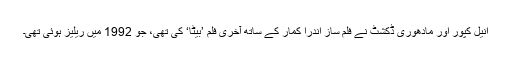
انیل کپور اور مادھوری ڈکشٹ نے فلم ساز اندرا کمار کے ساتھ آخری فلم ’بیٹا‘ کی تھی، جو 1992 میں ریلیز ہوئی تھی۔